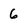
Character: 6